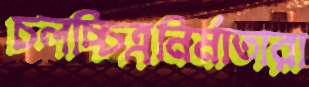
চলচ্চিত্রনির্মাতারা